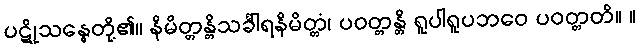
ပဋိုသန္ဓေတို့၏။ နိမိတ္တန္တိသင်္ခါရနိမိတ္တံ၊ ပဝတ္တန္တိ ရူပါရူပဘဝေ ပဝတ္တတိ။ ။